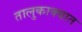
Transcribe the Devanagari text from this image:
तालुकाक्यात